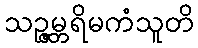
သဉ္ဇမ္ဘရိမကံသူတိ